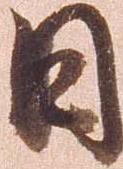
日